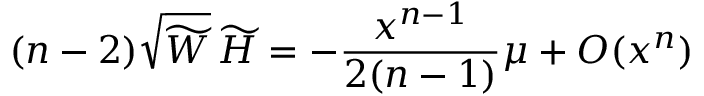
( n - 2 ) \sqrt { \widetilde W } \, \widetilde H = - \frac { x ^ { n - 1 } } { 2 ( n - 1 ) } \mu + { \cal O } ( x ^ { n } )